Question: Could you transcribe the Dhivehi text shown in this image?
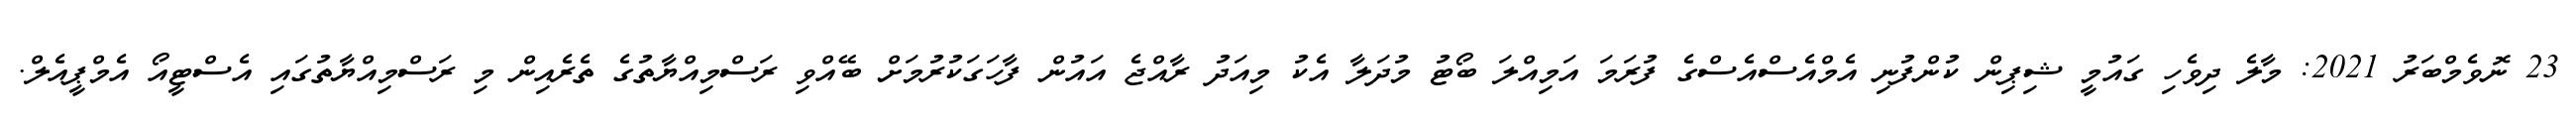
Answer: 23 ނޮވެމްބަރު 2021: މާލެ ދިވެހި ގައުމީ ޝިޕިން ކުންފުނި އެމްއެސްއެސްގެ ފުރަމަ އަމިއްލަ ބޯޓު މުދަލާ އެކު މިއަދު ރާއްޖެ އައުން ފާހަގަކުރުމަށް ބޭއްވި ރަސްމިއްޔާތުގެ ތެރެއިން މި ރަސްމިއްޔާތުގައި އެސްޓީއޯ އެމްޕީއެލް.